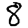
Digit: 8